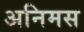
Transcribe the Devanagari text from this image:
अनिमस